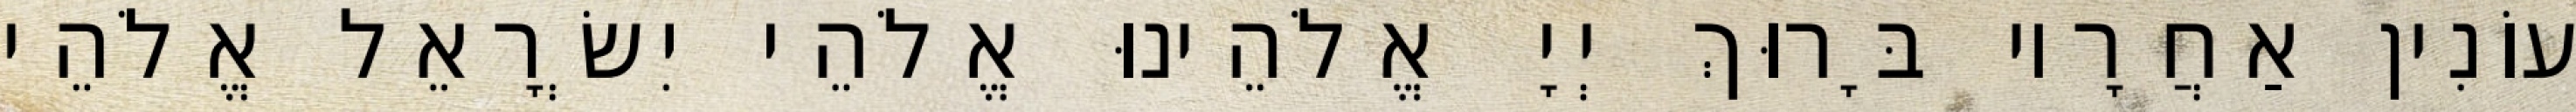
עוֹנִין אַחֲרָיו בָּרוּךְ יְיָ אֱלֹהֵינוּ אֱלֹהֵי יִשְׂרָאֵל אֱלֹהֵי